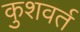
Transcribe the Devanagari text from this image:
कुशवर्त